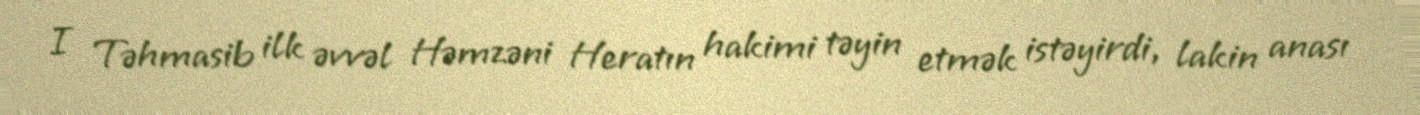
I Təhmasib ilk əvvəl Həmzəni Heratın hakimi təyin etmək istəyirdi, lakin anası